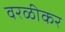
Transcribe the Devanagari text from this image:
वरळीकर